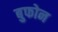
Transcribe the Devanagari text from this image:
बुफोन